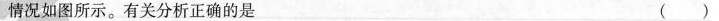
情况如图所示。有关分析正确的是 （ ）